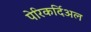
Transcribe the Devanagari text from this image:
पेरिकर्दिअल